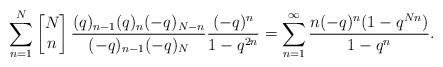
LaTeX: \begin{align*}\sum_{n=1}^{N}\left[\begin{matrix} N\\n\end{matrix}\right] \frac{(q)_{n-1}(q)_n(-q)_{N-n}}{ (-q)_{n-1}(-q)_{N}} \frac{(-q)^n}{1-q^{2n}}=\sum_{n=1}^{\infty} \frac{n (-q)^n(1-q^{Nn}) }{1- q^{n}}.\end{align*}